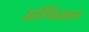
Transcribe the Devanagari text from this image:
ऑफिशल